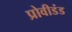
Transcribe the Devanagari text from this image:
प्रोवीडंड